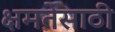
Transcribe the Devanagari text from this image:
क्षमतेसाठी